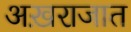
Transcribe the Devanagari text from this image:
अख़राजात